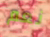
نعم